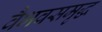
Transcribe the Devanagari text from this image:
वैभवसमृद्ध